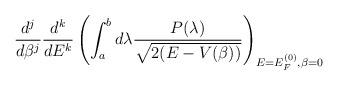
LaTeX: \begin{align*}\frac{d^{j}}{d\beta^{j}}\frac{d^{k}}{dE^{k}}\left( \int_{a}^{b} d\lambda \frac{P(\lambda)}{\sqrt{2(E - V(\beta))}} \right)_{E=E_{F}^{(0)},\beta=0}\end{align*}